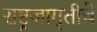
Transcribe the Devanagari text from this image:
राष्ट्रजागृतीचे